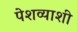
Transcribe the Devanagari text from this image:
पेशव्याशी